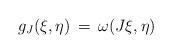
LaTeX: \begin{align*} g_J(\xi,\eta) \,=\, \omega (J\xi, \eta)\end{align*}